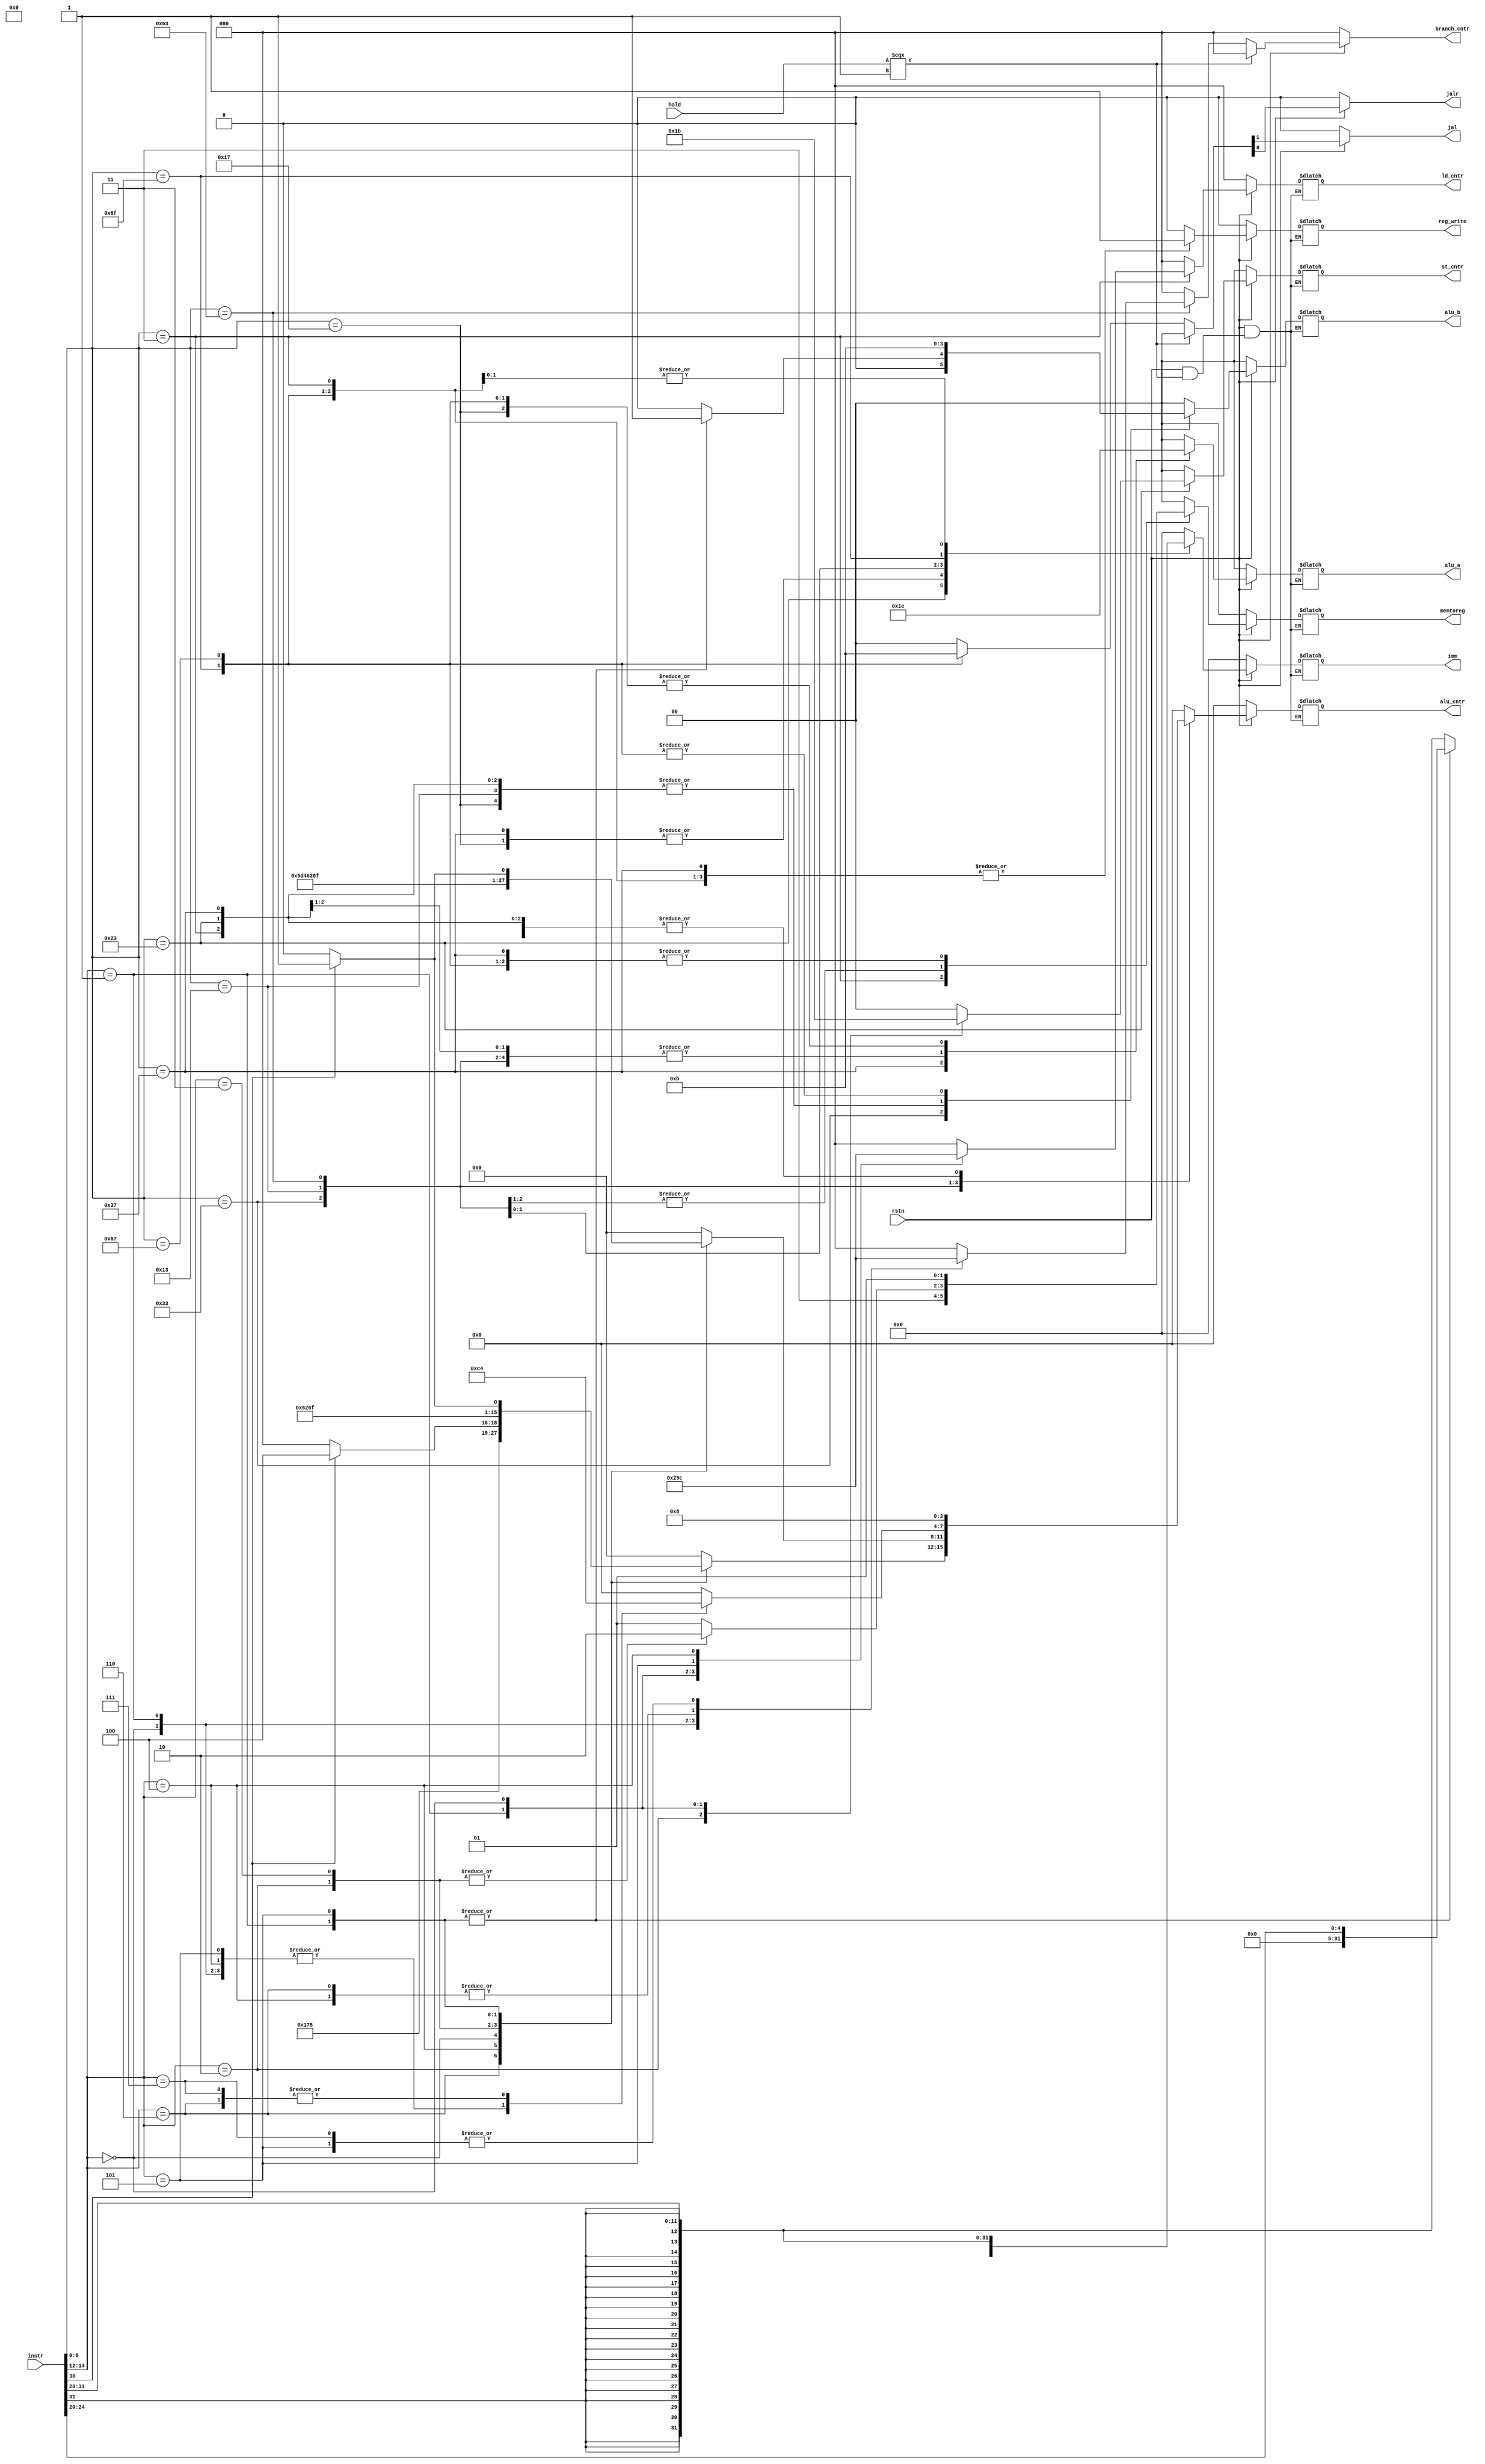
module idecode(
input rstn,
input hold,
input [31:0]instr,
output reg reg_write,
output reg [1:0]memtoreg,
output reg [1:0]st_cntr,
output reg [2:0]ld_cntr,
output reg [1:0]alu_a,
output reg [1:0]alu_b,
output reg [3:0]alu_cntr,
output reg [31:0]imm,
output reg [2:0]branch_cntr,
output reg jal, jalr
);


// Immediate parsing
wire [31:0]Uimm = {instr[31:12],{12{1'b0}}};
wire [31:0]Iimm = {{20{instr[31]}},instr[31:20]};
wire [31:0]SBimm = {{20{instr[31]}},instr[7],instr[30:25],instr[11:8],1'b0};
wire [31:0]UJimm = {{12{instr[31]}},instr[19:12],instr[20],instr[30:25],instr[24:21],1'b0};
wire [31:0]Simm = {{20{instr[31]}}, instr[31:25],instr[11:7]};
wire [31:0]Shiftimm = {{27{1'b0}},Iimm[4:0]};


always@(*)
begin
if(~rstn) {reg_write,memtoreg,st_cntr,ld_cntr,alu_a,alu_b,alu_cntr,imm,branch_cntr,jal,jalr} <= 52'd0;

else if (hold === 1) {branch_cntr,jal,jalr} <= 5'b00000;

else begin
{reg_write,memtoreg,st_cntr,ld_cntr,alu_a,alu_b,alu_cntr,imm,branch_cntr,jal,jalr} = 52'd0;
case(instr[6:0])

	7'b0000011:	//-----------load---------------
			begin	
			{reg_write,memtoreg,alu_a,alu_b,branch_cntr,jal,jalr,alu_cntr} <= 16'b1111110000001000;
			st_cntr <= 2'b00;
			case(instr[14:12])
				3'b010:	ld_cntr <= 000;
				3'b001: ld_cntr <= 001;
				3'b000: ld_cntr <= 010;
				3'b101:	ld_cntr <= 011;
				3'b100:	ld_cntr <= 100;
				
			endcase
			imm <= Iimm;
			end

	7'b0100011:	//-----------store----------------
			begin
			{reg_write,memtoreg,alu_a,alu_b,branch_cntr,jal,jalr,alu_cntr} <= 16'b0001110000001000;
			ld_cntr <= 3'b000;
			case(instr[14:12])
				3'b010: st_cntr <= 2'b01;
				3'b001: st_cntr <= 2'b10;
				3'b000: st_cntr <= 2'b11;
				default: st_cntr <= 2'b00; 
			endcase
			imm <= Simm;	
			end

	7'b0110111:	//-----------------lui----------------
			begin
			{reg_write,memtoreg,alu_a,alu_b,branch_cntr,jal,jalr,alu_cntr} <= 16'b1010110000001000;
			st_cntr <= 2'b00;
			ld_cntr <= 3'b000;
			imm <= Uimm; 
			end

	7'b0010111:	//-----------------auipc------------------
			begin
			{reg_write,memtoreg,alu_a,alu_b,branch_cntr,jal,jalr,alu_cntr} <= 16'b1011010000001000;
			st_cntr <= 2'b00;
			ld_cntr <= 3'b000; 
			imm <= Uimm;
			end
	
	7'b0110011:	//------------------R Type--------------------
			begin
			{reg_write,branch_cntr,jal,jalr} <= 7'b100000;
			st_cntr <= 2'b00;
			ld_cntr <= 3'b000;
			case(instr[14:12])
				3'b111:	//-----------AND	
					begin
					{memtoreg,alu_a,alu_b,alu_cntr} <= 10'b0111001001;
					end
				
				3'b110:	//-----------OR
					begin
					{memtoreg,alu_a,alu_b,alu_cntr} <= 10'b0111001011;
					end

				3'b100:	//-------------XOR
					begin
					{memtoreg,alu_a,alu_b,alu_cntr} <= 10'b0111001010;
					end 

				3'b000:	//---------------ADD/SUB
					begin
					{memtoreg,alu_a,alu_b} <= 6'b011100;
					case(instr[30])
						1'b1: alu_cntr <= 4'b1100;
						default: alu_cntr <= 4'b1000;
					endcase
					end

				3'b010:	//---------------SLT
					begin
					{memtoreg,alu_a,alu_b,alu_cntr} <= 10'b1011001100;
					end

				3'b011:	//----------------SLTU
					begin
					{memtoreg,alu_a,alu_b,alu_cntr} <= 10'b1011000100;
					end
				
				3'b001:	//--------------------SLL
					begin
					{memtoreg,alu_a,alu_b,alu_cntr} <= 10'b0111011101;
					end

				3'b101:	//------------------SRL/SRA
					begin
					{memtoreg,alu_a,alu_b} <= 6'b011101;
					case(instr[30])
						1'b0:	alu_cntr <= 4'b1110;
						default: alu_cntr <= 4'b1111;
					endcase
					end
				default:begin
					{memtoreg,alu_a,alu_b,alu_cntr} <= 10'b0111001000;
					end
			endcase
			end
	
	7'b0010011:	//-----------------I Type--------------------
			begin
				{reg_write,branch_cntr,jal,jalr} <= 6'b100000;
				st_cntr <= 2'b00;
				ld_cntr <= 3'b000;
				case(instr[14:12])
				3'b111:	//-----------ANDi	
					begin
					{memtoreg,alu_a,alu_b,alu_cntr} <= 10'b0111101001;
					imm <= Iimm;
					end
				
				3'b110:	//-----------ORi
					begin
					{memtoreg,alu_a,alu_b,alu_cntr} <= 10'b0111101011;
					imm <= Iimm;
					end

				3'b100:	//-------------XORi
					begin
					{memtoreg,alu_a,alu_b,alu_cntr} <= 10'b0111101010;
					imm <= Iimm;
					end 

				3'b000:	//---------------ADDi
					begin
					{memtoreg,alu_a,alu_b,alu_cntr} <= 10'b0111101000;
					imm <= Iimm;
					end

				3'b010:	//---------------SLTi
					begin
					{memtoreg,alu_a,alu_b,alu_cntr} <= 10'b1011101100;
					imm <= Iimm;
					end

				3'b011:	//----------------SLTiU
					begin
					{memtoreg,alu_a,alu_b,alu_cntr} <= 10'b1011100100;
					imm <= Iimm;
					end
				
				3'b001:	//--------------------SLLi
					begin
					{memtoreg,alu_a,alu_b,alu_cntr} <= 10'b0111101101;
					imm <= Shiftimm;
					end

				3'b101:	//------------------SRLi/SRAi
					begin
					{memtoreg,alu_a,alu_b} <= 6'b011110;
					case(instr[30])
						1'b0:	alu_cntr <= 4'b1110;
						default: alu_cntr <= 4'b1111;
					endcase
					imm <= Shiftimm;
					end
				default:begin
					{memtoreg,alu_a,alu_b,alu_cntr} <= 10'b0111101000;
					imm <= Iimm;
					end
				endcase
			end
	
	7'b1100011:	//-------------------branch------------------------
			begin
			{reg_write,memtoreg,jal,jalr,alu_a,alu_b} <= 9'b001001100;
			st_cntr <= 2'b00;
			ld_cntr <= 3'b000;
			imm <= SBimm;
			case(instr[14:12])
				3'b000:	//----------------beq
					begin
					alu_cntr <= 4'b1100;
					branch_cntr <= 3'b001;
					end
				3'b001:	//---------------bne
					begin
					alu_cntr <= 4'b1100;
					branch_cntr <= 3'b010;
					end
				3'b100: //--------------------blt
					begin
					alu_cntr <= 4'b1100;
					branch_cntr <= 3'b011;
					end
				3'b101: //-------------------bge
					begin
					alu_cntr <= 4'b1100;
					branch_cntr <= 3'b100;
					end
				3'b110: //--------------------bltu
					begin
					alu_cntr <= 4'b0100;
					branch_cntr <= 3'b011;
					end
				3'b111:	//---------------------bgeu
					begin
					alu_cntr <= 4'b0100;
					branch_cntr <= 3'b100;
					end
			endcase
			end

	7'b1101111:	//----------------------JAL----------------
			begin
			{reg_write,memtoreg,alu_a,alu_b,branch_cntr,jal,jalr,alu_cntr} <= 16'b1011011000101000;
			st_cntr <= 2'b00;
			ld_cntr <= 3'b000; 
			imm <= UJimm;
			end

	7'b1100111:	//------------------JALR-----------------
			begin
			{reg_write,memtoreg,alu_a,alu_b,branch_cntr,jal,jalr,alu_cntr} <= 16'b1011011000111000;
			st_cntr <= 2'b00;
			ld_cntr <= 3'b000; 
			imm <= Iimm;
			end
	
endcase

end
	
end

//IMMEDIATE DECODER

/*
case(Immc)
	3'b000: imm = Uimm;
	3'b001: imm = Iimm;
	3'b010: imm = SBimm;
	3'b011: imm = UJimm;
	3'b100: imm = Simm;
	3'b101: imm = Shiftimm;
	default: imm = Iimm;
endcase
*/

endmodule